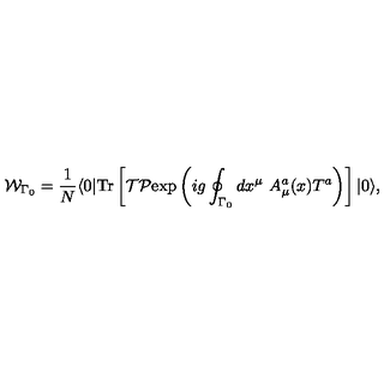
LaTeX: { \cal W } _ { \Gamma { _ 0 } } = { \frac { 1 } { N } } \langle 0 | \mathrm { T r } \left[ { \cal T } { \cal P } \mathrm { e x p } \left( i g \oint _ { \Gamma { _ 0 } } d x ^ { \mu } \ A _ { \mu } ^ { a } ( x ) T ^ { a } \right) \right] | 0 \rangle ,